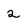
Character: 2